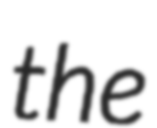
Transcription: the